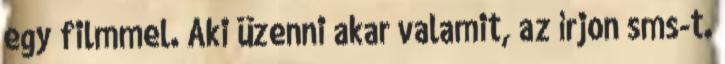
egy filmmel. Aki üzenni akar valamit, az írjon sms-t.